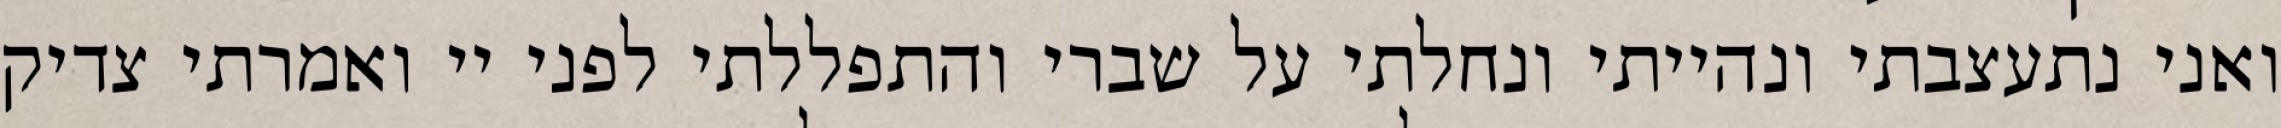
ואני נתעצבתי ונהייתי ונחלתי על שברי והתפללתי לפני יי ואמרתי צדיק